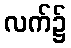
လက်၌